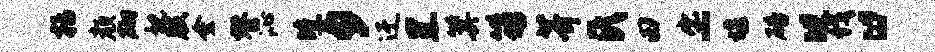
括颜砌视肢金替沁曛夕迂黑箕笏芥氏田出-堰碚“伐“